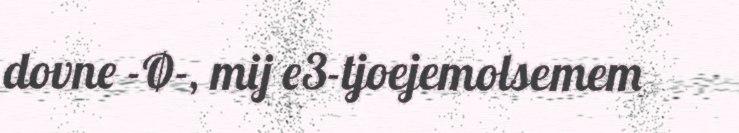
dovne -Ø-, mij e3-tjoejemolsemem